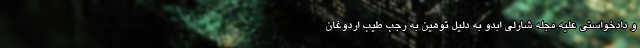
و دادخواستی علیه مجله شارلی ابدو به دلیل توهین به رجب طیب اردوغان